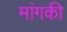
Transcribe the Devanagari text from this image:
मांगकी